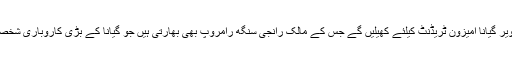
سہیل تنویر گیانا امیزون ٹریڈنٹ کیلئے کھیلیں گے جس کے مالک رانجی سنگھ رامروپ بھی بھارتی ہیں جو گیانا کے بڑی کاروباری شخصیت ہیں۔